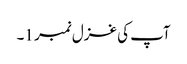
آپ کی غزل نمبر 1۔